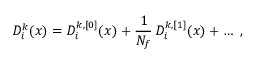
D _ { i } ^ { k } ( x ) = D _ { i } ^ { k , [ 0 ] } ( x ) + \frac { 1 } { N _ { f } } \, D _ { i } ^ { k , [ 1 ] } ( x ) + \ldots ~ ,